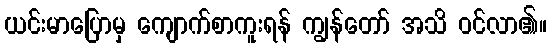
ယင်းမာပြောမှ ကျောက်စာကူးရန် ကျွန်တော် အသိ ဝင်လာ၏။